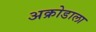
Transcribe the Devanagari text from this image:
अक्रोडाला